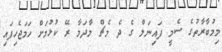
މިމުބާރާތުގެ ސެމީ ފައިނަލް ގެ ދެ މެޗް މާދަމާ ރޭ ކުޅުމަށް ހަމަޖެހިފައި